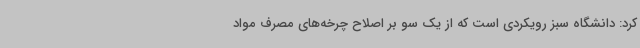
کرد: دانشگاه سبز رویکردی است که از یک سو بر اصلاح چرخه‌های مصرف مواد